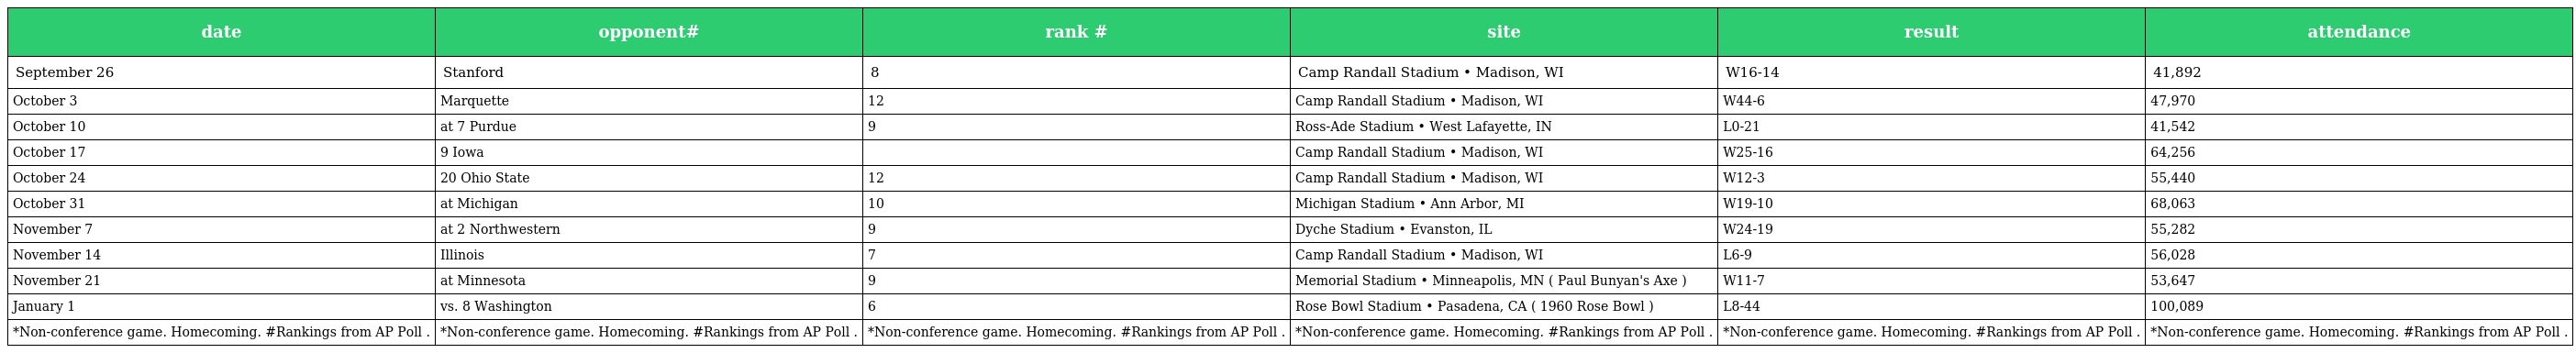
| date | opponent# | rank # | site | result | attendance |
 | --- | --- | --- | --- | --- | --- |
 | September 26 | Stanford | 8 | Camp Randall Stadium • Madison, WI | W16-14 | 41,892 |
 | October 3 | Marquette | 12 | Camp Randall Stadium • Madison, WI | W44-6 | 47,970 |
 | October 10 | at 7 Purdue | 9 | Ross-Ade Stadium • West Lafayette, IN | L0-21 | 41,542 |
 | October 17 | 9 Iowa |  | Camp Randall Stadium • Madison, WI | W25-16 | 64,256 |
 | October 24 | 20 Ohio State | 12 | Camp Randall Stadium • Madison, WI | W12-3 | 55,440 |
 | October 31 | at Michigan | 10 | Michigan Stadium • Ann Arbor, MI | W19-10 | 68,063 |
 | November 7 | at 2 Northwestern | 9 | Dyche Stadium • Evanston, IL | W24-19 | 55,282 |
 | November 14 | Illinois | 7 | Camp Randall Stadium • Madison, WI | L6-9 | 56,028 |
 | November 21 | at Minnesota | 9 | Memorial Stadium • Minneapolis, MN ( Paul Bunyan's Axe ) | W11-7 | 53,647 |
 | January 1 | vs. 8 Washington | 6 | Rose Bowl Stadium • Pasadena, CA ( 1960 Rose Bowl ) | L8-44 | 100,089 |
 | *Non-conference game. Homecoming. #Rankings from AP Poll . | *Non-conference game. Homecoming. #Rankings from AP Poll . | *Non-conference game. Homecoming. #Rankings from AP Poll . | *Non-conference game. Homecoming. #Rankings from AP Poll . | *Non-conference game. Homecoming. #Rankings from AP Poll . | *Non-conference game. Homecoming. #Rankings from AP Poll . |